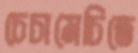
চেচামেচিতে